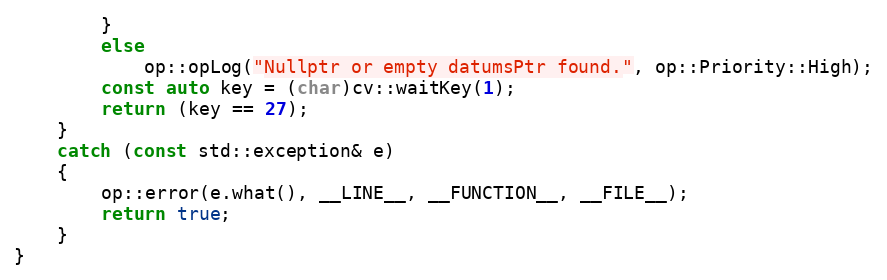
Language: C++
        }
        else
            op::opLog("Nullptr or empty datumsPtr found.", op::Priority::High);
        const auto key = (char)cv::waitKey(1);
        return (key == 27);
    }
    catch (const std::exception& e)
    {
        op::error(e.what(), __LINE__, __FUNCTION__, __FILE__);
        return true;
    }
}